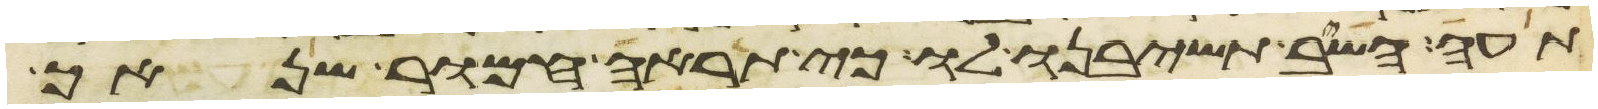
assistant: תעה השב תשיבנו לו כי תראה חמור שנאך